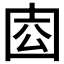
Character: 𡇛